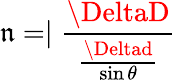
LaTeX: \mathfrak{n}=\mid\frac{{\DeltaD}}{{\frac{{\Deltad}}{{\sin\theta}}}}